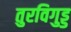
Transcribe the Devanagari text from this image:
तुरविगुड्ड